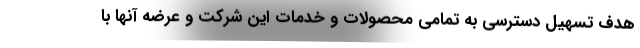
هدف تسهیل دسترسی به تمامی محصولات و خدمات این شرکت و عرضه آنها با